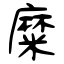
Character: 糜